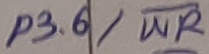
Text: P3.6/WR